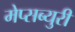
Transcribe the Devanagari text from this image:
मेप्सब्युरी